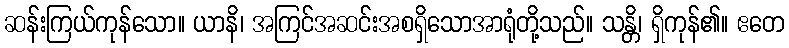
ဆန်းကြယ်ကုန်သော။ ယာနိ၊ အကြင်အဆင်းအစရှိသောအာရုံတို့သည်။ သန္တိ၊ ရှိကုန်၏။ ဧတေ